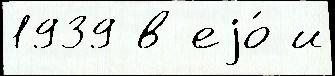
1939 в еjо́ и